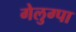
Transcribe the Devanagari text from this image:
गेलुग्पा